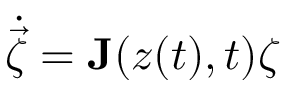
\dot { \vec { \zeta } } = \mathbf { J } ( \boldsymbol { z } ( t ) , t ) \boldsymbol { \zeta }